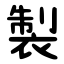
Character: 製